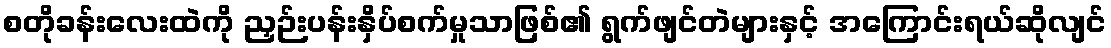
စတိုခန်းလေးထဲကို ညှဉ်းပန်းနှိပ်စက်မှုသာဖြစ်၏ ရွက်ဖျင်တဲများနှင့် အကြောင်းရယ်ဆိုလျင်